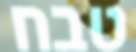
טבח